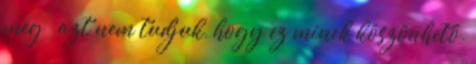
meg – azt nem tudjuk, hogy ez minek köszönhető.